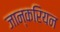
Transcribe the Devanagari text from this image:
जान्करियन